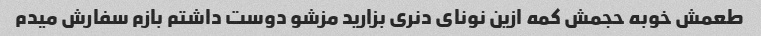
طعمش خوبه حجمش کمه ازین نونای دنری بزارید مزشو دوست داشتم بازم سفارش میدم